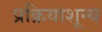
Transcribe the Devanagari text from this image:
प्रक्रियाशून्‍य